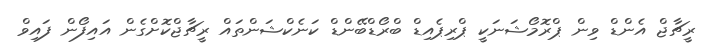
ރީޗާޖް އެންޑް ވިން ޕްރޮމޯޝަނަކީ ޕްރިޕެއިޑް ބްރޯޑްބޭންޑް ކަނެކްޝަންތައް ރީޗާޖްކޮށްގެން އައިފޯން ފައިވް